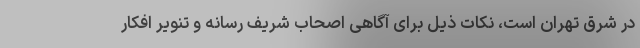
در شرق تهران است، نکات ذیل برای آگاهی اصحاب شریف رسانه و تنویر افکار